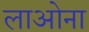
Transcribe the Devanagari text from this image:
लाओना